Civil Veterinary Department Bihar & Orissa reports 1922-29 - 1922-1929
Year: 1922
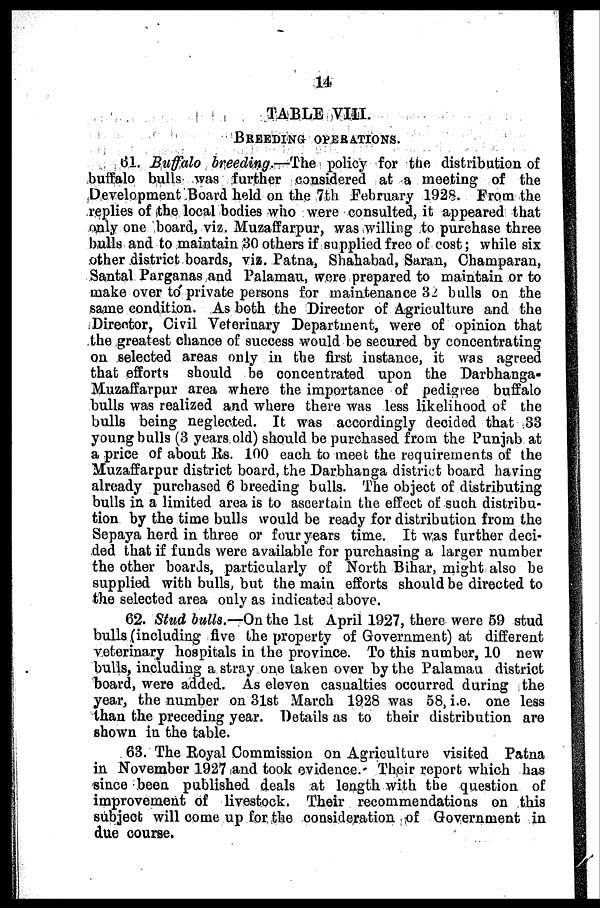
14
TABLE VIII.
BREEDING OPERATIONS.
6.1. Buffalo breeding.—The policy for the distribution of
buffalo bulls was further considered at a meeting of the
Development Board held on the 7th February 1928. From the
replies of the local bodies who were consulted, it appeared that
only one board, viz. Muzaffarpur, was willing to purchase three
bulls and to maintain 30 others if supplied free of cost; while six
other district boards, viz. Patna, Shahabad, Saran, Champaran,
Santal Parganas and Palamau, were prepared to maintain or to
make over to private persons for maintenance 32 bulls on the
same condition. As both the Director of Agriculture and the
Director, Civil Veterinary Department, were of opinion that
the greatest chance of success would be secured by concentrating
on selected areas only in the first instance, it was agreed
that efforts should be concentrated upon the Darbhanga-
Muzaffarpur area where the importance of pedigree buffalo
bulls was realized and where there was less likelihood of the
bulls being neglected. It was accordingly decided that 33
young bulls (3 years old) should be purchased from the Punjab at
a price of about Rs. 100 each to meet the requirements of the
Muzaffarpur district board, the Darbhanga district board having
already purchased 6 breeding bulls. The object of distributing
bulls in a limited area is to ascertain the effect of such distribu-
tion by the time bulls would be ready for distribution from the
Sepaya herd in three or four years time. It was further deci-
ded that if funds were available for purchasing a larger number
the other boards, particularly of North Bihar, might also be
supplied with bulls, but the main efforts should be directed to
the selected area only as indicated above.
62. Stud bulls.—On the 1st April 1927, there were 59 stud
bulls (including five the property of Government) at different
veterinary hospitals in the province. To this number, 10 new
bulls, including a stray one taken over by the Palamau district
board, were added. As eleven casualties occurred during the
year, the number on 31st March 1928 was 58, i.e. one less
than the preceding year. Details as to their distribution are
shown in the table.
63. The Royal Commission on Agriculture visited Patna
in November 1927 and took evidence. Their report which has
since been published deals at length with the question of
improvement of livestock. Their recommendations on this
subject will come up for the consideration of Government in
due course.